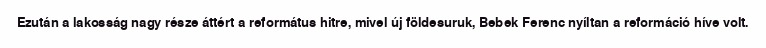
Ezután a lakosság nagy része áttért a református hitre, mivel új földesuruk, Bebek Ferenc nyíltan a reformáció híve volt.